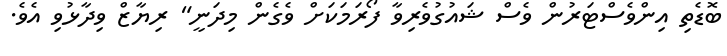
ބޮޑެތި އިންވެސްޓަރުން ވެސް ޝައުގުވެރިވާ ފޯރަމަކަށް ވެގެން މިދަނީ" ރިޔާޒް ވިދާޅުވި އެވެ.